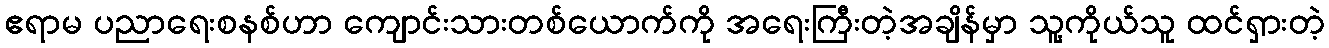
ဧရာမ ပညာရေးစနစ်ဟာ ကျောင်းသားတစ်ယောက်ကို အရေးကြီးတဲ့အချိန်မှာ သူ့ကိုယ်သူ ထင်ရှားတဲ့